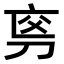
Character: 𠜡